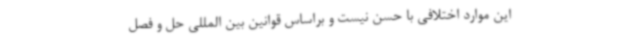
این موارد اختلافی با حسن نیست و براساس قوانین بین المللی حل و فصل